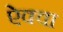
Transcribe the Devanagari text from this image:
ऐक्वा